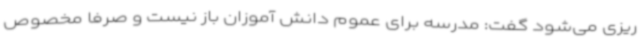
ریزی می‌شود گفت: مدرسه برای عموم دانش آموزان باز نیست و صرفا مخصوص